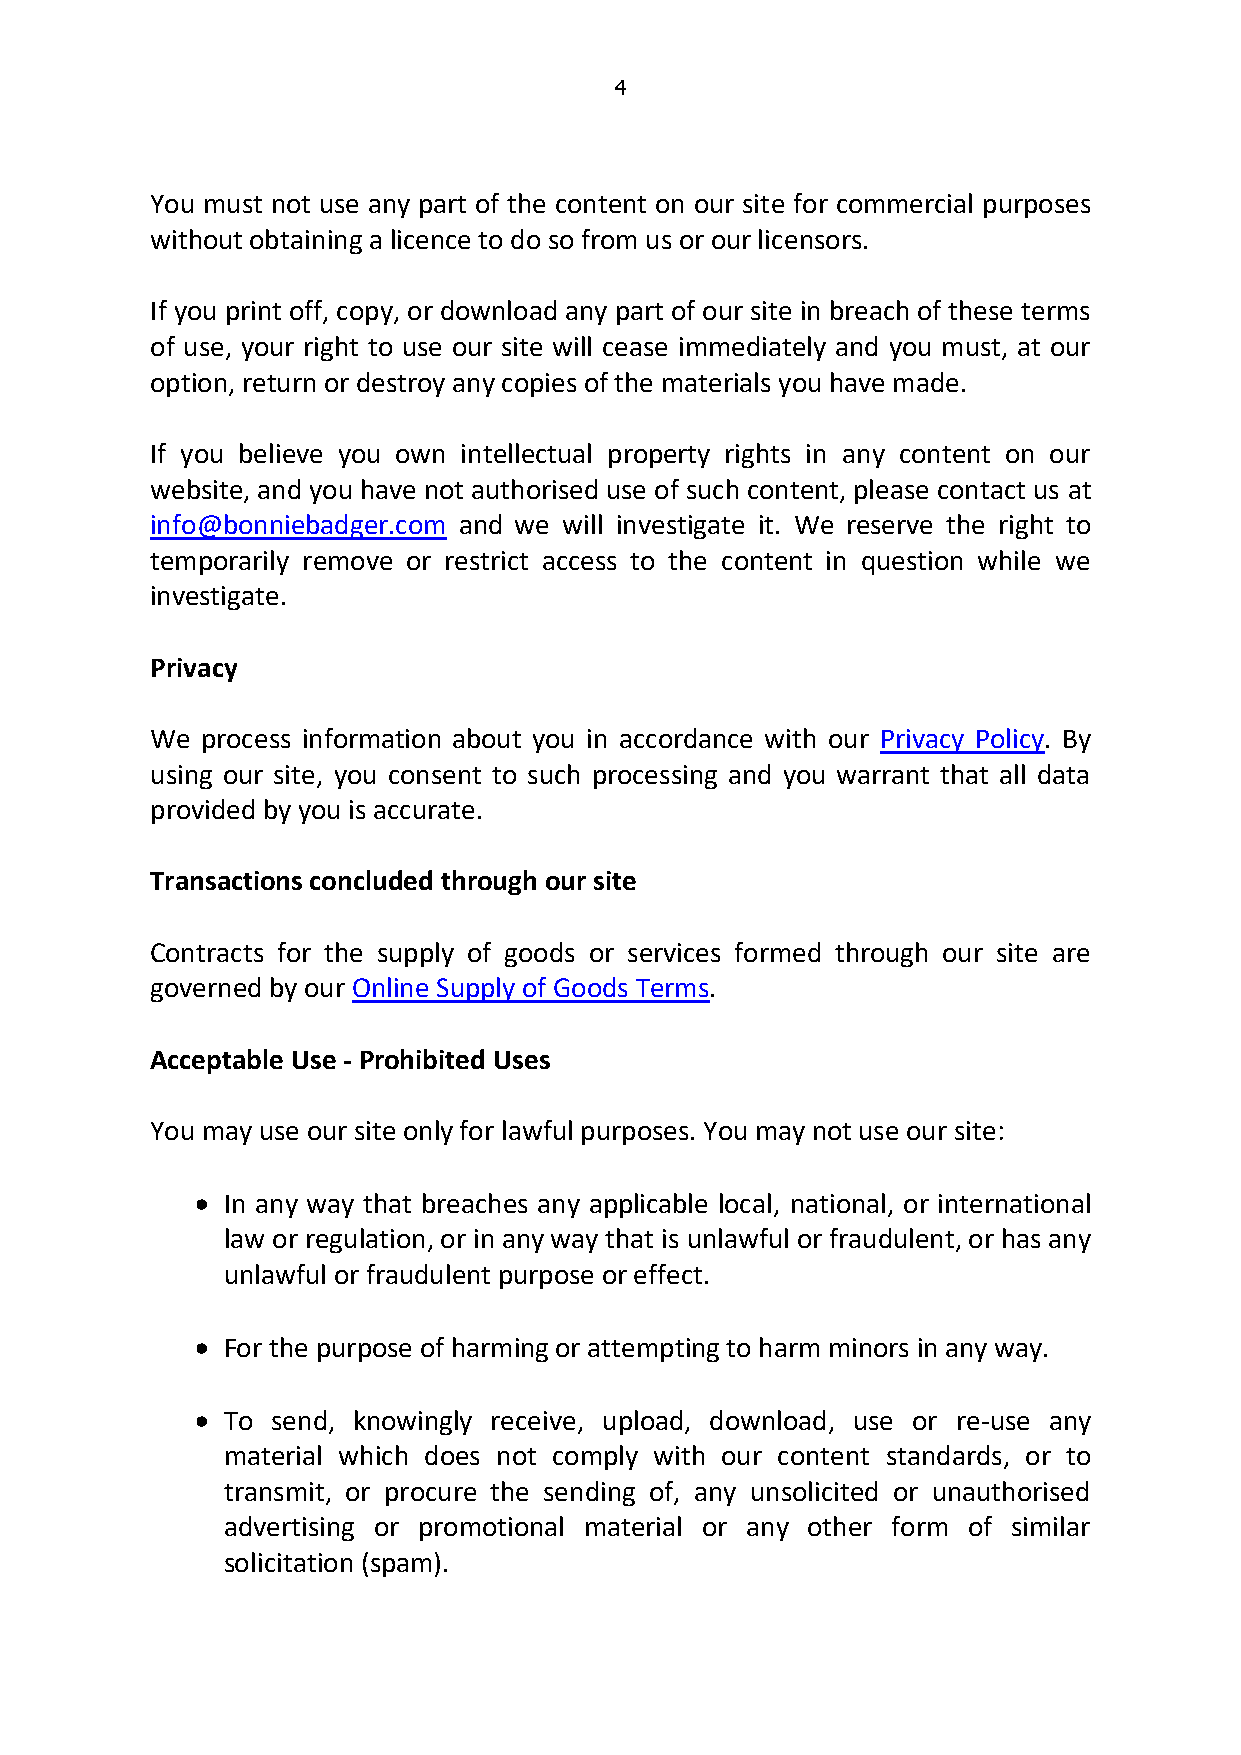
4
 You must not use any part of the content on our site for commercial purposes
 without obtaining a licence to do so from us or our licensors.
 If you print off, copy, or download any part of our site in breach of these terms
 of use, your right to use our site will cease immediately and you must, at our
 option, return or destroy any copies of the materials you have made.
 If you believe you own intellectual property rights in any content on our
 website, and you have not authorised use of such content, please contact us at
 info@bonniebadger.com and we will investigate it. We reserve the right to
 temporarily remove or restrict access to the content in question while we
 investigate.
 Privacy
 We process information about you in accordance with our Privacy Policy. By
 using our site, you consent to such processing and you warrant that all data
 provided by you is accurate.
 Transactions concluded through our site
 Contracts for the supply of goods or services formed through our site are
 governed by our Online Supply of Goods Terms.
 Acceptable Use - Prohibited Uses
 You may use our site only for lawful purposes. You may not use our site:
 • In any way that breaches any applicable local, national, or international
 law or regulation, or in any way that is unlawful or fraudulent, or has any
 unlawful or fraudulent purpose or effect.
 • For the purpose of harming or attempting to harm minors in any way.
 • To send, knowingly receive, upload, download, use or re-use any
 material which does not comply with our content standards, or to
 transmit, or procure the sending of, any unsolicited or unauthorised
 advertising or promotional material or any other form of similar
 solicitation (spam).